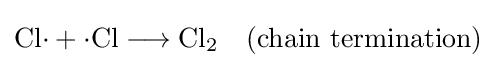
\mathrm {Cl{\cdot }+{\cdot }Cl\longrightarrow Cl_{2}\quad (chain\ termination)}